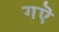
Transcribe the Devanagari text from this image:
गऎ